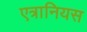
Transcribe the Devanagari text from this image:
एत्रानियस